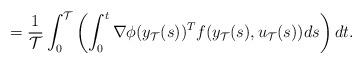
LaTeX: \begin{align*}= \frac{1}{\mathcal{T}}\int_0^{\mathcal{T}}\left(\int_0^t\nabla \phi(y_{\mathcal{T}}(s))^Tf(y_{\mathcal{T}}(s),u_{\mathcal{T}}(s))ds\right)dt.\end{align*}